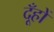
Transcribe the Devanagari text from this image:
दूँहों